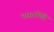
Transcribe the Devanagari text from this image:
भारतमिति